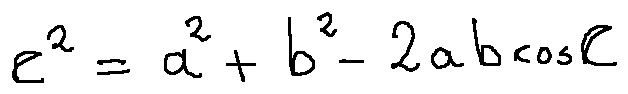
c ^ { 2 } = a ^ { 2 } + b ^ { 2 } - 2 a b \cos C